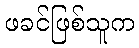
ဖခင်ဖြစ်သူက